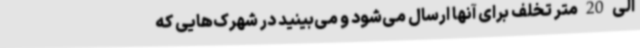
الی 20 متر تخلف برای آنها ارسال می‌شود و می‌بینید در شهرک‌هایی که